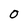
Character: O